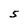
Character: S